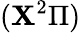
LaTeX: (\mathbf{X}^{2}\Pi)